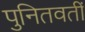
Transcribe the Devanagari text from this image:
पुनितवतीं